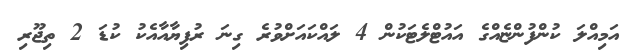
އަމިއްލަ ކުންފުންޏެއްގެ އައުޓްލެޓަކުން 4 ލައްކައަށްވުރެ ގިނަ ރުފިޔާއާއެކު ކުޑަ 2 ތިޖޫރި